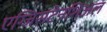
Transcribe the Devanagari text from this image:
एग्जिसटेनशिअल